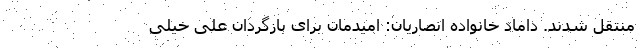
منتقل شدند. داماد خانواده انصاریان: امیدمان برای بازگردان علی خیلی